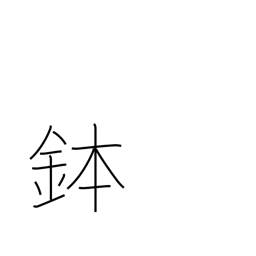
Meaning: rice tub